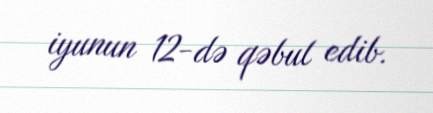
iyunun 12-də qəbul edib.